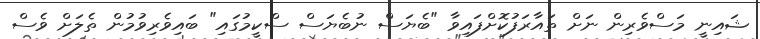
ޝައިނީ މަސްވެރިން ނަށް ތައާރަފުކޮށްފައިވާ "ބެޔަސް ނުބެޔަސް ސްކީމުގައި" ބައިވެރިވުމުން ތެލަށް ވެސް